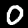
Label: 0